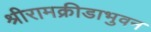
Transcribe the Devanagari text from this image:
श्रीरामक्रीडाभुवन